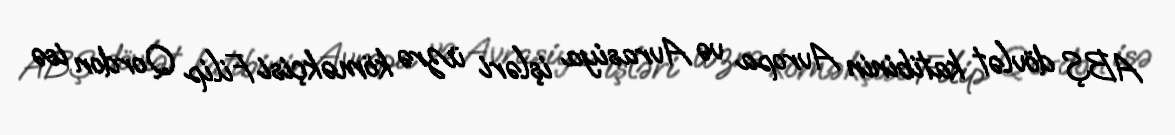
ABŞ dövlət katibinin Avropa və Avrasiya işləri üzrə köməkçisi Filip Qordon isə